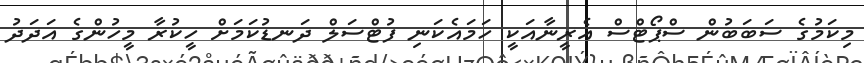
މިކަމުގެ ސަބަބުން ސްޕޯޓްސް އެރީނާއަކީ ހަމައެކަނި ފުޓްސަލް ދަނޑުކަމަށް ހީކުރާ މީހުންގެ އަދަދު